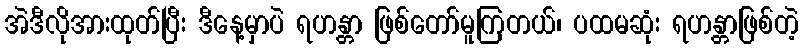
အဲဒီလိုအားထုတ်ပြီး ဒီနေ့မှာပဲ ရဟန္တာ ဖြစ်တော်မူကြတယ်၊ ပထမဆုံး ရဟန္တာဖြစ်တဲ့